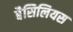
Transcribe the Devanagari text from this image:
बैसिलियस